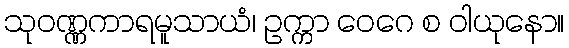
သုဝဏ္ဏကာရမူသာယံ၊ ဥက္ကာ ဝေဂေ စ ဝါယုနော။